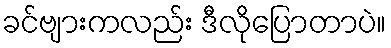
ခင်ဗျားကလည်း ဒီလိုပြောတာပဲ။